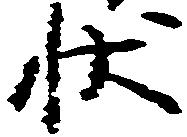
状